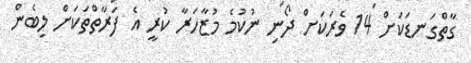
ގާތްގަނޑަކަށް 14 ވެރަކަށް ދޯނި ނުކުމެ މުޒާހަރާ ކުރީ އެ ފަރާތްތަކަށް ލިބެން